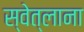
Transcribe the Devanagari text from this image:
स्वेत्लाना